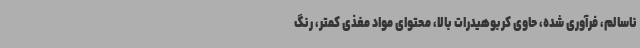
ناسالم، فرآوری شده، حاوی کربوهیدرات بالا، محتوای مواد مغذی کمتر، رنگ